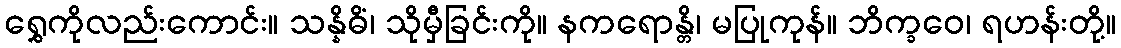
ရွှေကိုလည်းကောင်း။ သန္နိဓိံ၊ သိုမှီခြင်းကို။ နကရောန္တိ၊ မပြုကုန်။ ဘိက္ခဝေ၊ ရဟန်းတို့။